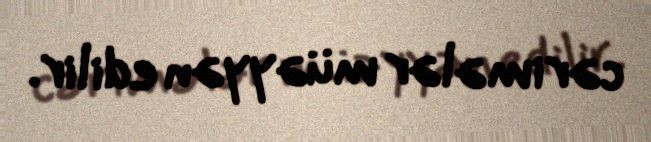
cərimələr müəyyən edilir.